Notes on vaccination in the North-West Frontier Province 1923-1928 - 1923-1928
Year: 1923
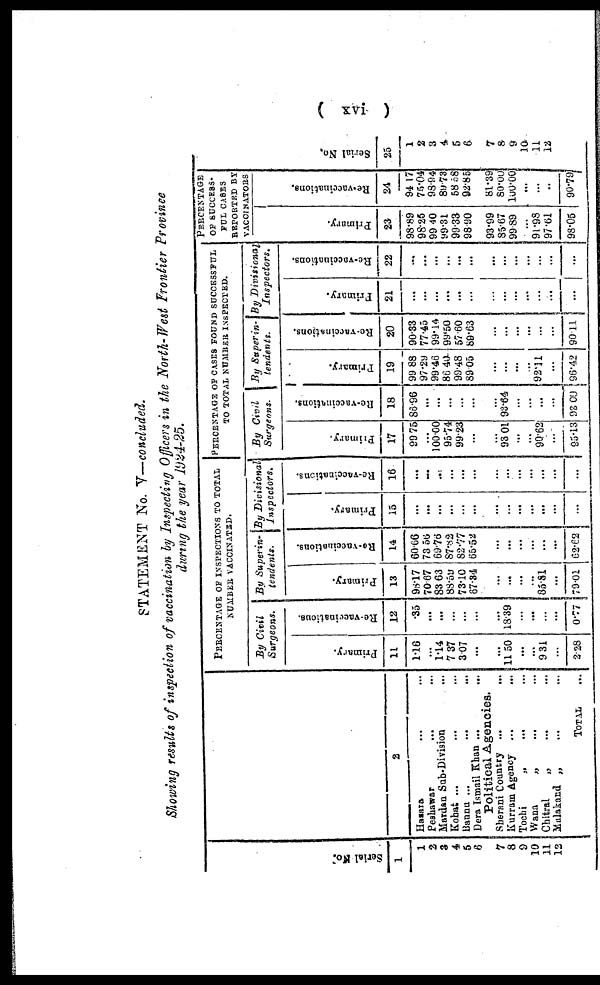
( xvi )
STATEMENT No. V—concluded.
Showing results of inspection of vaccination by Inspecting Officers in the North-West Frontier Province
during the year 1924-25.
Serial No.
1
1
2
3
4
5
6
7
8
9
10
11
12
2
Hazara ... ...
Peshawar ... ...
Mardan Sub-Division ...
Kohat ... ... ...
Bannu ...
...
...
Dera Ismail Khan ...
...
Political Agencies.
Sherani Country ... ...
Kurram Agency ...
...
Tochi
„
...
...
Wana
„
...
...
Chitral
„ ... ...
Malakand „
...
...
TOTAL ...
PERCENTAGE OF INSPECTIONS TO TOTAL
NUMBER VACCINATED.
By Civil
Surgeons.
Primary.
11
1.16
...
1.14
7.37
3.07
...
...
11.50
...
...
9.31
...
2.28
Re-vaccinations.
12
.35
...
...
...
...
...
...
18.39
...
...
...
...
0.77
By Superin-
tendents.
Primary.
13
98.17
70.67
83.63
88.59
73.10
67.34
...
...
...
...
85.81
...
79.01
Re-vaccinations.
14
60.66
73.56
69.76
87.82
82.77
65.52
...
...
...
...
...
...
62.62
By Divisional
Inspectors.
Primary.
15
...
...
...
...
...
...
...
...
...
...
...
...
...
Re-vaccinations.
16
...
...
...
...
...
...
...
...
...
...
...
...
...
PERCENTAGE OF CASES FOUND SUCCESSFUL
TO TOTAL NUMBER INSPECTED.
By Civil
Surgeons.
Primary
17
99.75
...
100.00
95.74
99.23
...
...
93.01
...
...
90.62
...
95.13
Re-vaccinations.
18
86.96
...
...
...
...
...
...
93.64
...
...
...
...
93.00
By Superin-
tendents.
Primary.
19
99.88
97.29
99.46
86.40
99.48
89.05
...
...
...
...
92.11
...
96.42
Re-vaccinations.
20
90.33
77.45
99.14
99.50
57.60
89.63
...
...
...
...
...
...
90.11
By Divisional
Inspectors.
Primary.
21
...
...
...
...
...
...
...
...
...
...
...
...
...
Re-vaccinations.
22
...
...
...
...
...
...
...
...
...
...
...
...
...
PERCENTAGE
OF SUCCESS-
FUL CASES
REPORTED BY
VACCINATORS
Primary.
23
98.89
98.25
99.40
99.31
99.33
98.90
93.99
85.67
99.89
...
91.98
97.61
98.05
Re-vaccinations.
24
94.17
75.04
98.94
89.73
58.58
92.85
81.39
80.00
100.00
...
...
...
90.79
Serial No.
25
1
2
3
4
5
6
7
8
9
10
11
12